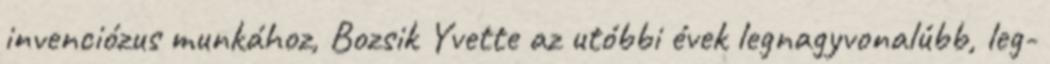
invenciózus munkához, Bozsik Yvette az utóbbi évek legnagyvonalúbb, leg-